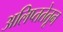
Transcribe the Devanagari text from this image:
अलिप्ततेतून